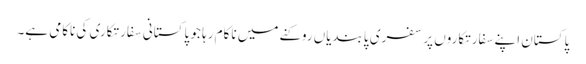
پاکستان اپنے سفارتکاروں پر سفری پابندیاں روکنے میں ناکام رہا جو پاکستانی سفارتکاری کی ناکامی ہے۔